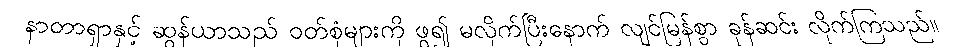
နာတာရှာနှင့် ဆွန်ယာသည် ဝတ်စုံများကို ဖွ၍ မလိုက်ပြီးနောက် လျင်မြန်စွာ ခုန်ဆင်း လိုက်ကြသည်။